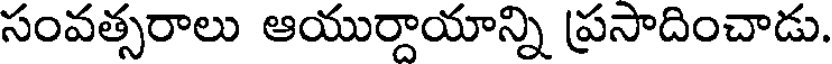
సంవత్సరాలు ఆయుర్దాయాన్ని ప్రసాదించాడు.